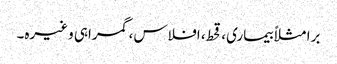
برا مثلاً بیماری، قحط، افلاس، گمراہی وغیرہ۔